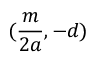
( { \frac { m } { 2 a } } , - d )